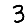
Digit: 3